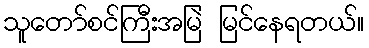
သူတော်စင်ကြီးအမြဲ မြင်နေရတယ်။